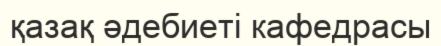
қазақ әдебиеті кафедрасы